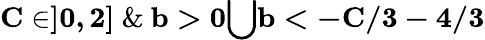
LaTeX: \mathbf{C\in]0,2]}\ \& \ \mathbf{b>0}\mathbf{\bigcup}\mathbf{b<-C/3-4/3}